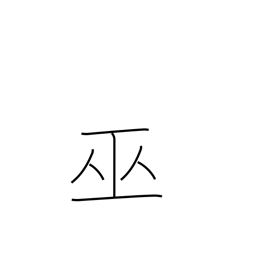
Meaning: shrine maiden